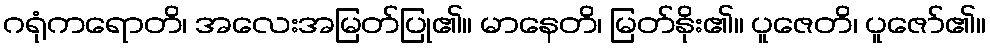
ဂရုံကရောတိ၊ အလေးအမြတ်ပြု၏။ မာနေတိ၊ မြတ်နိုး၏။ ပူဇေတိ၊ ပူဇော်၏။